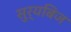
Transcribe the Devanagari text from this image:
सुर्यबिज